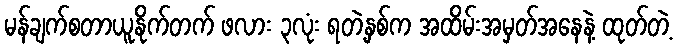
မန်ချက်စတာယူနိုက်တက် ဖလား ၃လုံး ရတဲ့နှစ်က အထိမ်းအမှတ်အနေနဲ့ ထုတ်တဲ့